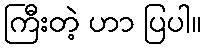
ကြီးတဲ့ ဟာ ပြပါ။